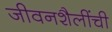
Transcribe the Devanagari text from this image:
जीवनशैलींची